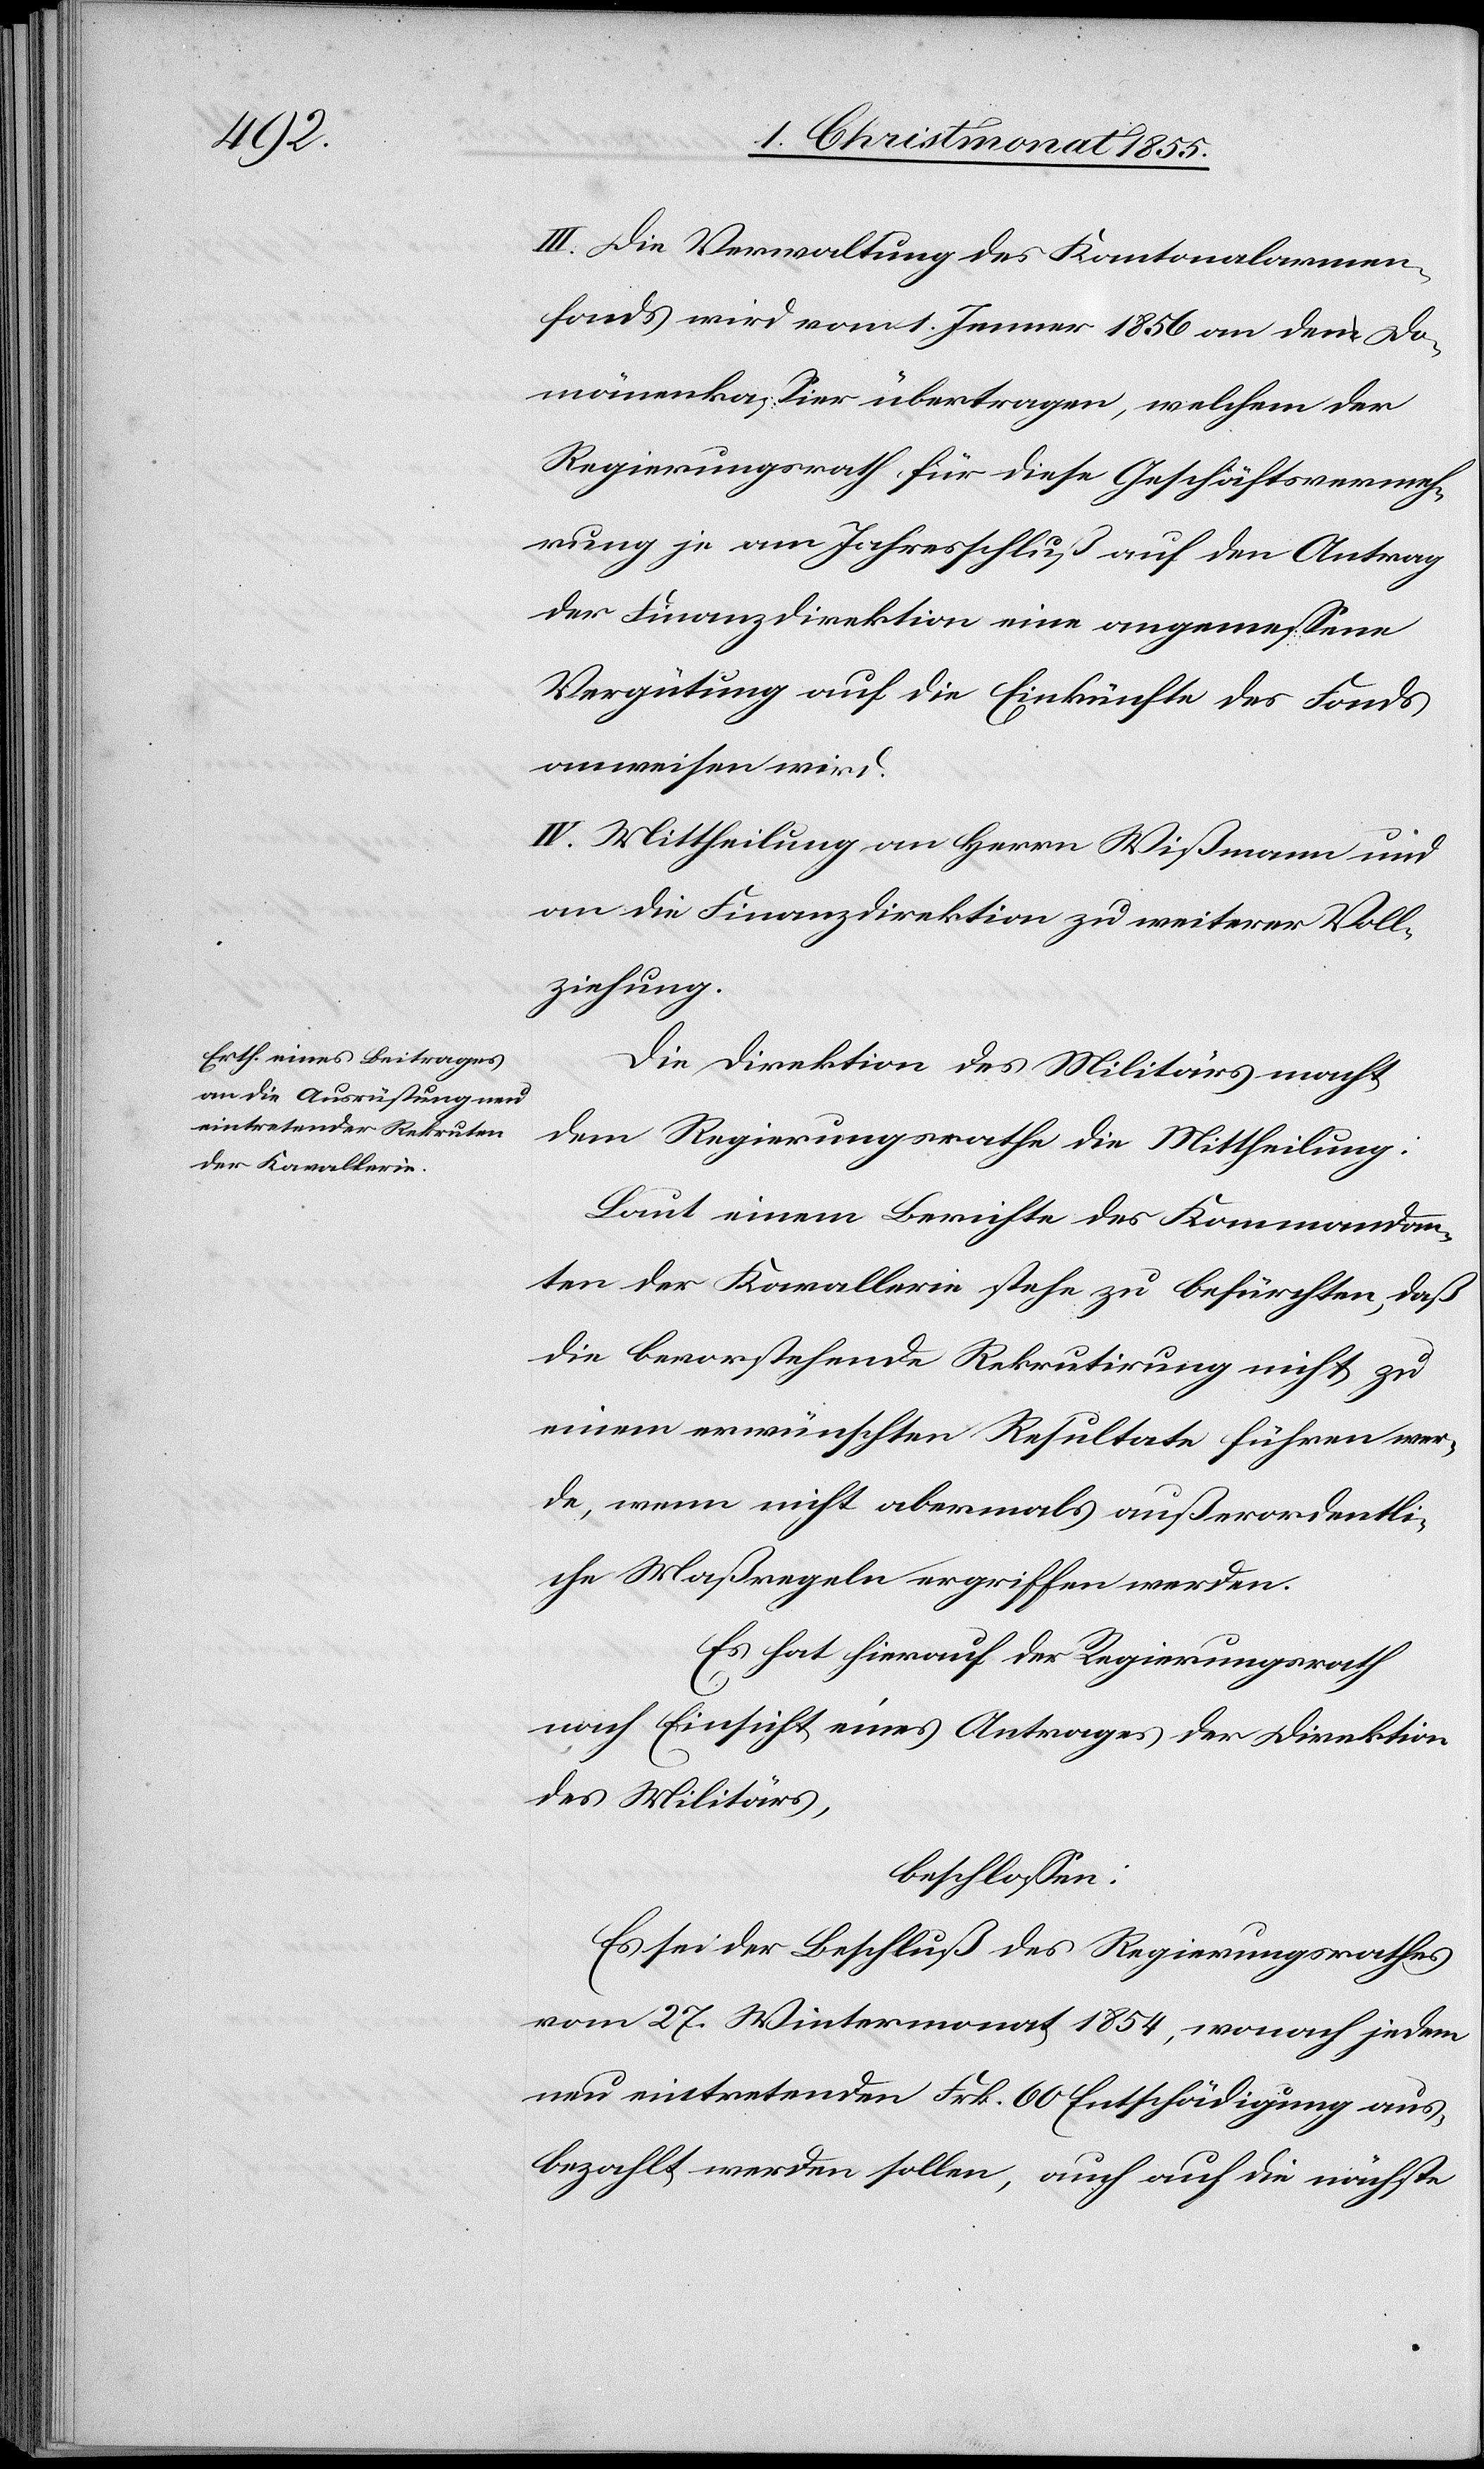
III. Die Verwaltung des Kantonalarmen¬
fonds wird vom 1. Jenner 1856 an den Do¬
mänenkassier übertragen, welchem der
Regierungsrath für diese Geschäftsvermeh¬
rung je am Jahresschluß auf den Antrag
der Finanzdirektion eine angemessene
Vergütung auf die Einkünfte des Fonds
anweisen wird.
IV. Mittheilung an Herrn Wißmann und
an die Finanzdirektion zu weiterer Voll¬
ziehung.
Die Direktion des Militärs macht
dem Regierungsrathe die Mittheilung:
Laut einem Berichte des Kommandan¬
ten der Kavallerie stehe zu befürchten, daß
die bevorstehende Rekrutirung nicht zu
einem erwünschten Resultate führen wer¬
de, wenn nicht abermals außerordentli¬
che Maßregeln ergriffen werden.
Es hat hierauf der Regierungsrath
nach Einsicht eines Antrages der Direktion
des Militärs,
beschlossen:
Es sei der Beschluß des Regierungsrathes
vom 27. Wintermonat 1854, wonach jedem
neu eintretenden Frk. 60 Entschädigung aus¬
bezahlt werden sollen, auch auf die nächste